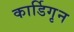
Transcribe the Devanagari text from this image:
कार्डिगृन